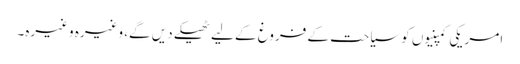
امریکی کمپنیوں کو سیاحت کے فروغ کے لیے ٹھیکے دیں گے، وغیرہ وغیرہ۔